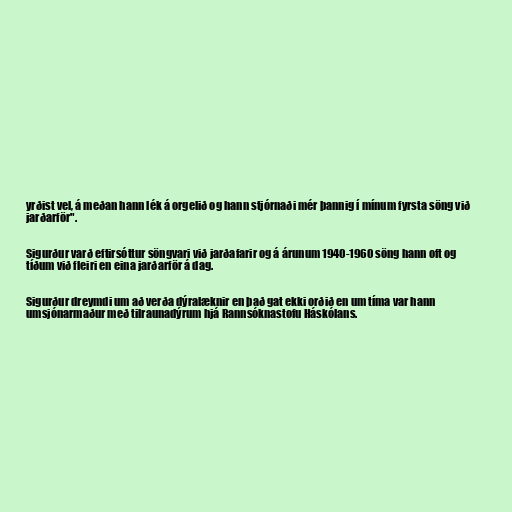
yrðist vel, á meðan hann lék á orgelið og hann stjórnaði mér þannig í mínum fyrsta söng við
jarðarför".

Sigurður varð eftirsóttur söngvari við jarðafarir og á árunum 1940-1960 söng hann oft og
tíðum við fleiri en eina jarðarför á dag.

Sigurður dreymdi um að verða dýralæknir en það gat ekki orðið en um tíma var hann
umsjónarmaður með tilraunadýrum hjá Rannsóknastofu Háskólans.